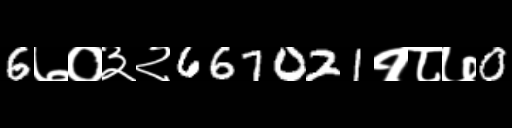
Text: 6७०३२667021१८७0